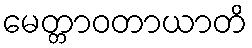
မေတ္တာဝတာယာတိ